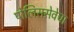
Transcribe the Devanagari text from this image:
पोलिससेवेचा